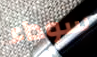
سوداء